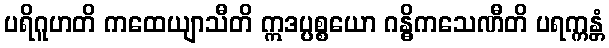
ပရိဂူဟတိ ကထေယျာသီတိ ဣဒပ္ပစ္စယော ဂန္ဓိကသေဏီတိ ပရက္ကန္တံ